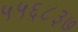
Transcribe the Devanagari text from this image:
५५६८३७